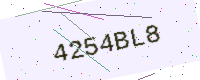
Text: 4254BL8